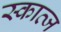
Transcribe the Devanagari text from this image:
स्कात्ज